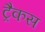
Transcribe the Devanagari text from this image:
ट्रैकस